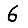
Digit: 6